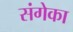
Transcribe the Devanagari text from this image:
संगेका